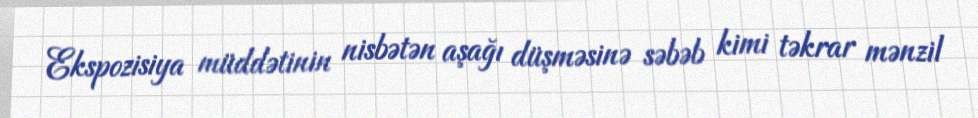
Ekspozisiya müddətinin nisbətən aşağı düşməsinə səbəb kimi təkrar mənzil